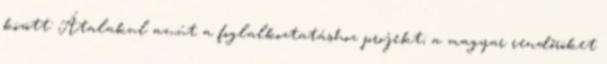
között: Átalakul az,,út a foglalkoztatáshoz projekt; a magyar rendőröket